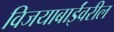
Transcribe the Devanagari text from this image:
विजयाबाईंवरील